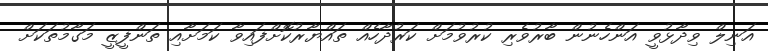
އަނިލް ވިދާޅުވީ އަންހެނުން ބާރުވެރި ކުރުވުމަށް ކަރުދާހެއް ތައްޔާރުކޮށްފައިވާ ކަމަށާއި ތަންފީޒީ މަގާމުތަކަށް